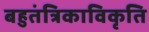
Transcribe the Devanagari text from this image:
बहुतंत्रिकाविकृति